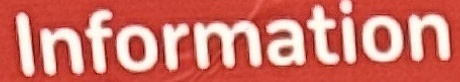
Information